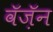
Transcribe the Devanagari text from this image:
वॅज़ॅन